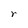
Character: r